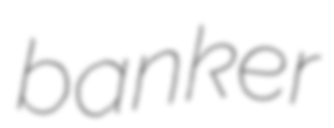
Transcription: banker